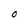
Character: O